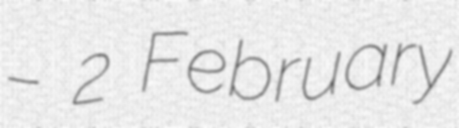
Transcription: – 2 February